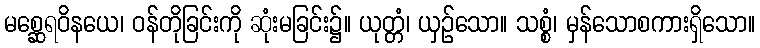
မစ္ဆေရဝိနယေ၊ ဝန်တိုခြင်းကို ဆုံးမခြင်း၌။ ယုတ္တံ၊ ယှဉ်သော။ သစ္စံ၊ မှန်သောစကားရှိသော။